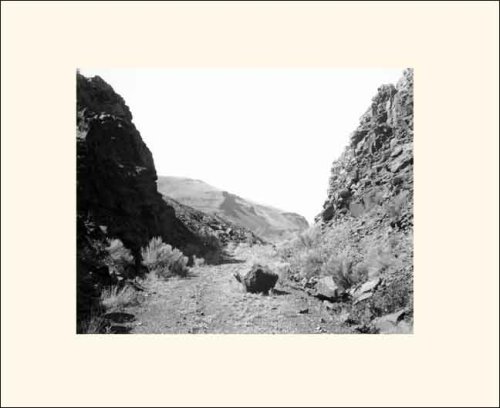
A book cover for Westward the Course of Empire (Yale University Art Gallery); Mark Ruwedel; Arts & Photography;